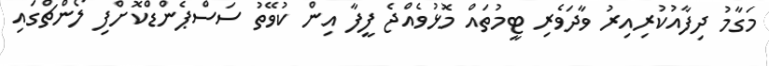
މަގާމު ދިފާއުކުރިއިރު ވާދަވެރި ޓީމުތައް މޮޅުވެއްޖެ ފީފާ އިން ކުވޭތު ސަސްޕެންޑްކޮށްފި ލޯންޗްގައި